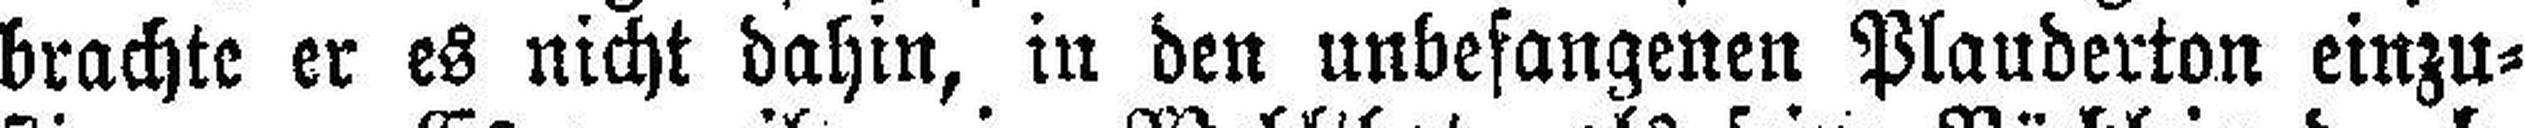
brachte er es nicht dahin, in den unbefangenen Plauderton einzu¬